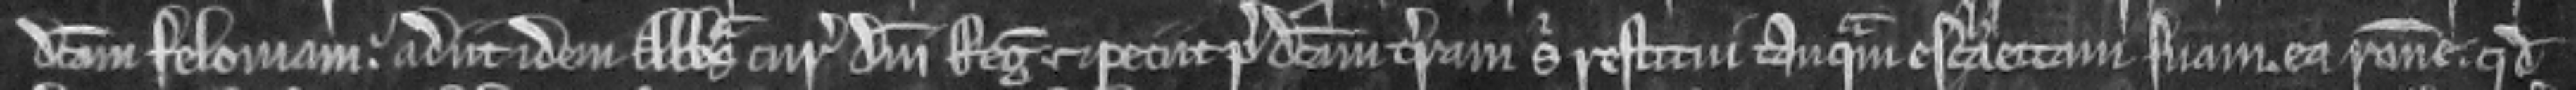
dictam feloniam. adiit idem Abbas curiam domini Regis et peciit predictam terram sibi restitui tanquam eschaettam suam. ea racione. quod